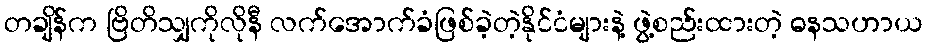
တချိန်က ဗြိတိသျှကိုလိုနီ လက်အောက်ခံဖြစ်ခဲ့တဲ့နိုင်ငံများနဲ့ ဖွဲ့စည်းထားတဲ့ ဓနသဟာယ